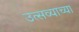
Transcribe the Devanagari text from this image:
उत्सव्याच्या